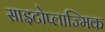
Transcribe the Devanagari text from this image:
साइटोप्लाज्मिक